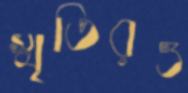
স্মৃতিরও